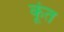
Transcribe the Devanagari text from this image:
कूंत